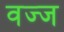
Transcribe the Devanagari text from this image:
वज्ज